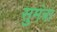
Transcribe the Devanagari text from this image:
सुमंत्रा